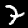
Label: 7